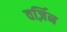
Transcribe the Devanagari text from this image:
वर्ज़िन